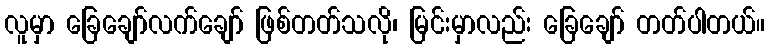
လူမှာ ခြေချော်လက်ချော် ဖြစ်တတ်သလို၊ မြင်းမှာလည်း ခြေချော် တတ်ပါတယ်။